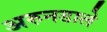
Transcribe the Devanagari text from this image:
अरुनडाले